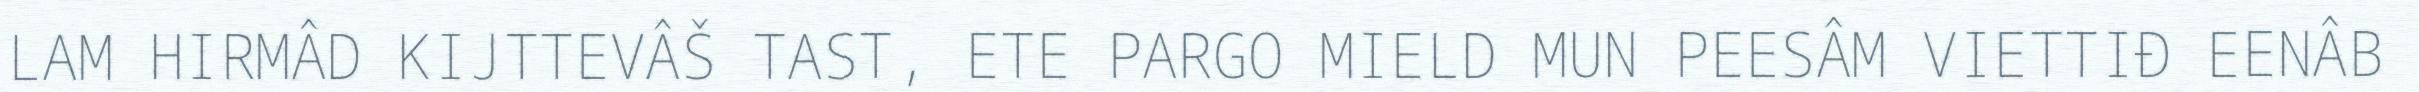
LAM HIRMÂD KIJTTEVÂŠ TAST, ETE PARGO MIELD MUN PEESÂM VIETTIĐ EENÂB